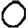
Digit: 0